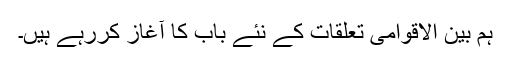
ہم بین الاقوامی تعلقات کے نئے باب کا آغاز کررہے ہیں۔